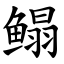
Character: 鳎